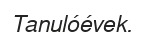
Tanulóévek.